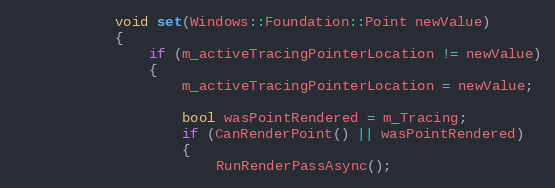
Language: C
            void set(Windows::Foundation::Point newValue)
            {
                if (m_activeTracingPointerLocation != newValue)
                {
                    m_activeTracingPointerLocation = newValue;

                    bool wasPointRendered = m_Tracing;
                    if (CanRenderPoint() || wasPointRendered)
                    {
                        RunRenderPassAsync();